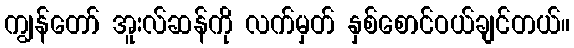
ကျွန်တော် အူးလ်ဆန်ကို လက်မှတ် နှစ်စောင်ဝယ်ချင်တယ်။